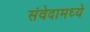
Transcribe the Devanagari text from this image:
संवेदामध्ये